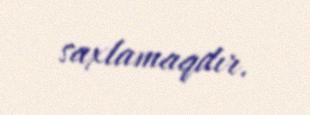
saxlamaqdır.